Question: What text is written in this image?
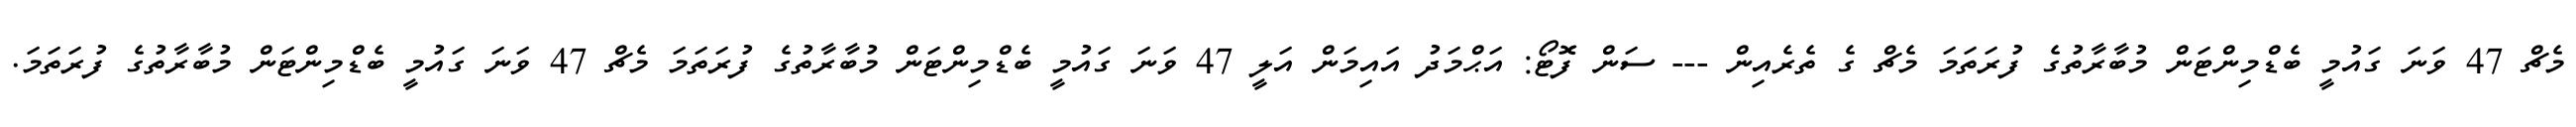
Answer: މެޗް 47 ވަނަ ގައުމީ ބެޑްމިންޓަން މުބާރާތުގެ ފުރަތަމަ މެޗް ގެ ތެރެއިން --- ސަން ފޮޓޯ: އަޙްމަދު އައިމަން އަލީ 47 ވަނަ ގައުމީ ބެޑްމިންޓަން މުބާރާތުގެ ފުރަތަމަ މެޗް 47 ވަނަ ގައުމީ ބެޑްމިންޓަން މުބާރާތުގެ ފުރަތަމަ.